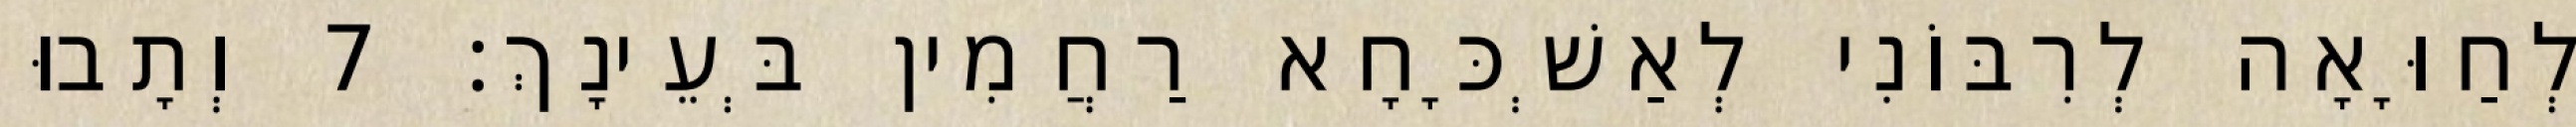
לְחַוָּאָה לְרִבּוֹנִי לְאַשְׁכָּחָא רַחֲמִין בְּעֵינָךְ׃ 7 וְתָבוּ